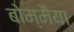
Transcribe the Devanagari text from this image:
बोम्मैया